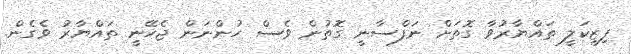
ފިޒިކަލީ ތައްޔާރުވާ ގޮތަށް ނަފްސާނީ ގޮތުން ވެސް ހުންނަން ޖެހޭނީ ތައްޔާރު ވެގެން.